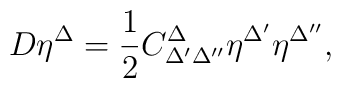
D\eta ^{\Delta }=\frac{1}{2}C_{\Delta ^{\prime }\Delta ^{\prime \prime}}^{\Delta }\eta ^{\Delta ^{\prime }}\eta ^{\Delta ^{\prime \prime }},